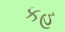
કહ